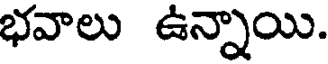
భవాలు ఉన్నాయి.